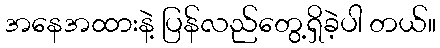
အနေအထားနဲ့ ပြန်လည်တွေ့ရှိခဲ့ပါ တယ်။